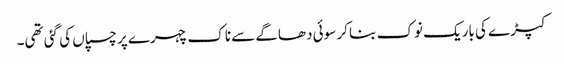
کپڑے کی باریک نوک بنا کر سوئی دھاگے سے ناک چہرے پر چسپاں کی گئی تھی۔